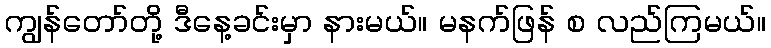
ကျွန်တော်တို့ ဒီနေ့ခင်းမှာ နားမယ်။ မနက်ဖြန် စ လည်ကြမယ်။